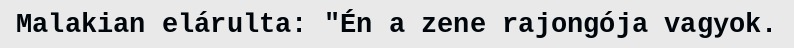
Malakian elárulta: "Én a zene rajongója vagyok.